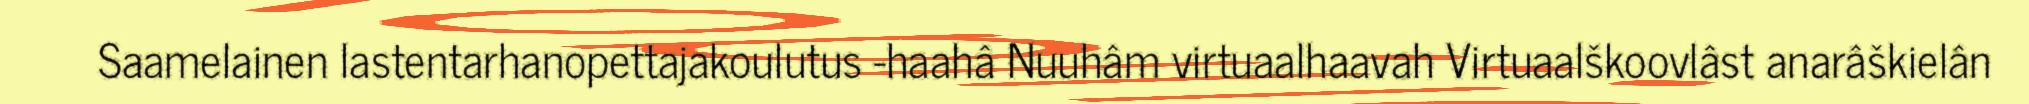
Saamelainen lastentarhanopettajakoulutus -haahâ Nuuhâm virtuaalhaavah Virtuaalškoovlâst anarâškielân